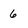
Character: G